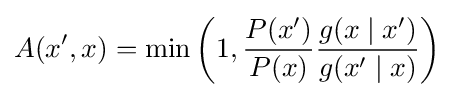
A(x',x)=\min \left(1,{\frac {P(x')}{P(x)}}{\frac {g(x\mid x')}{g(x'\mid x)}}\right)